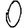
Digit: 0